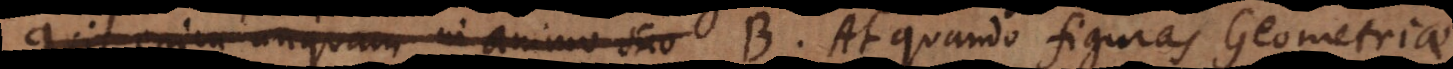
Quis enim unquam in animo suo B. At quando figuras Geometriae